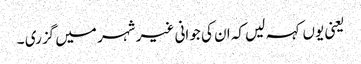
یعنی یوں کہہ لیں کہ ان کی جوانی غیر شہر میں گزری ۔